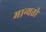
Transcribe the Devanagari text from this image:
मान्यतो